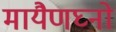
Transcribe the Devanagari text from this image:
मायैणघ्नो